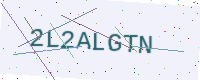
Text: 2L2ALGTN